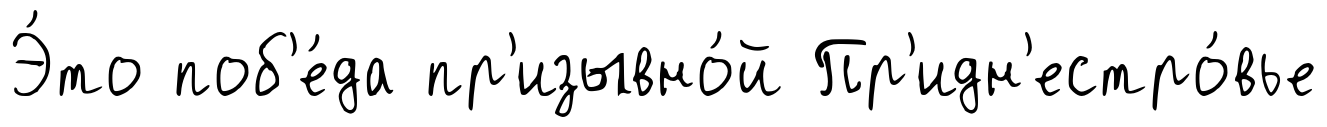
Э́то поб'е́да пр'изывно́й Пр'идн'естро́вье